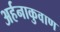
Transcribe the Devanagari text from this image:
अर्हनाकुवाण